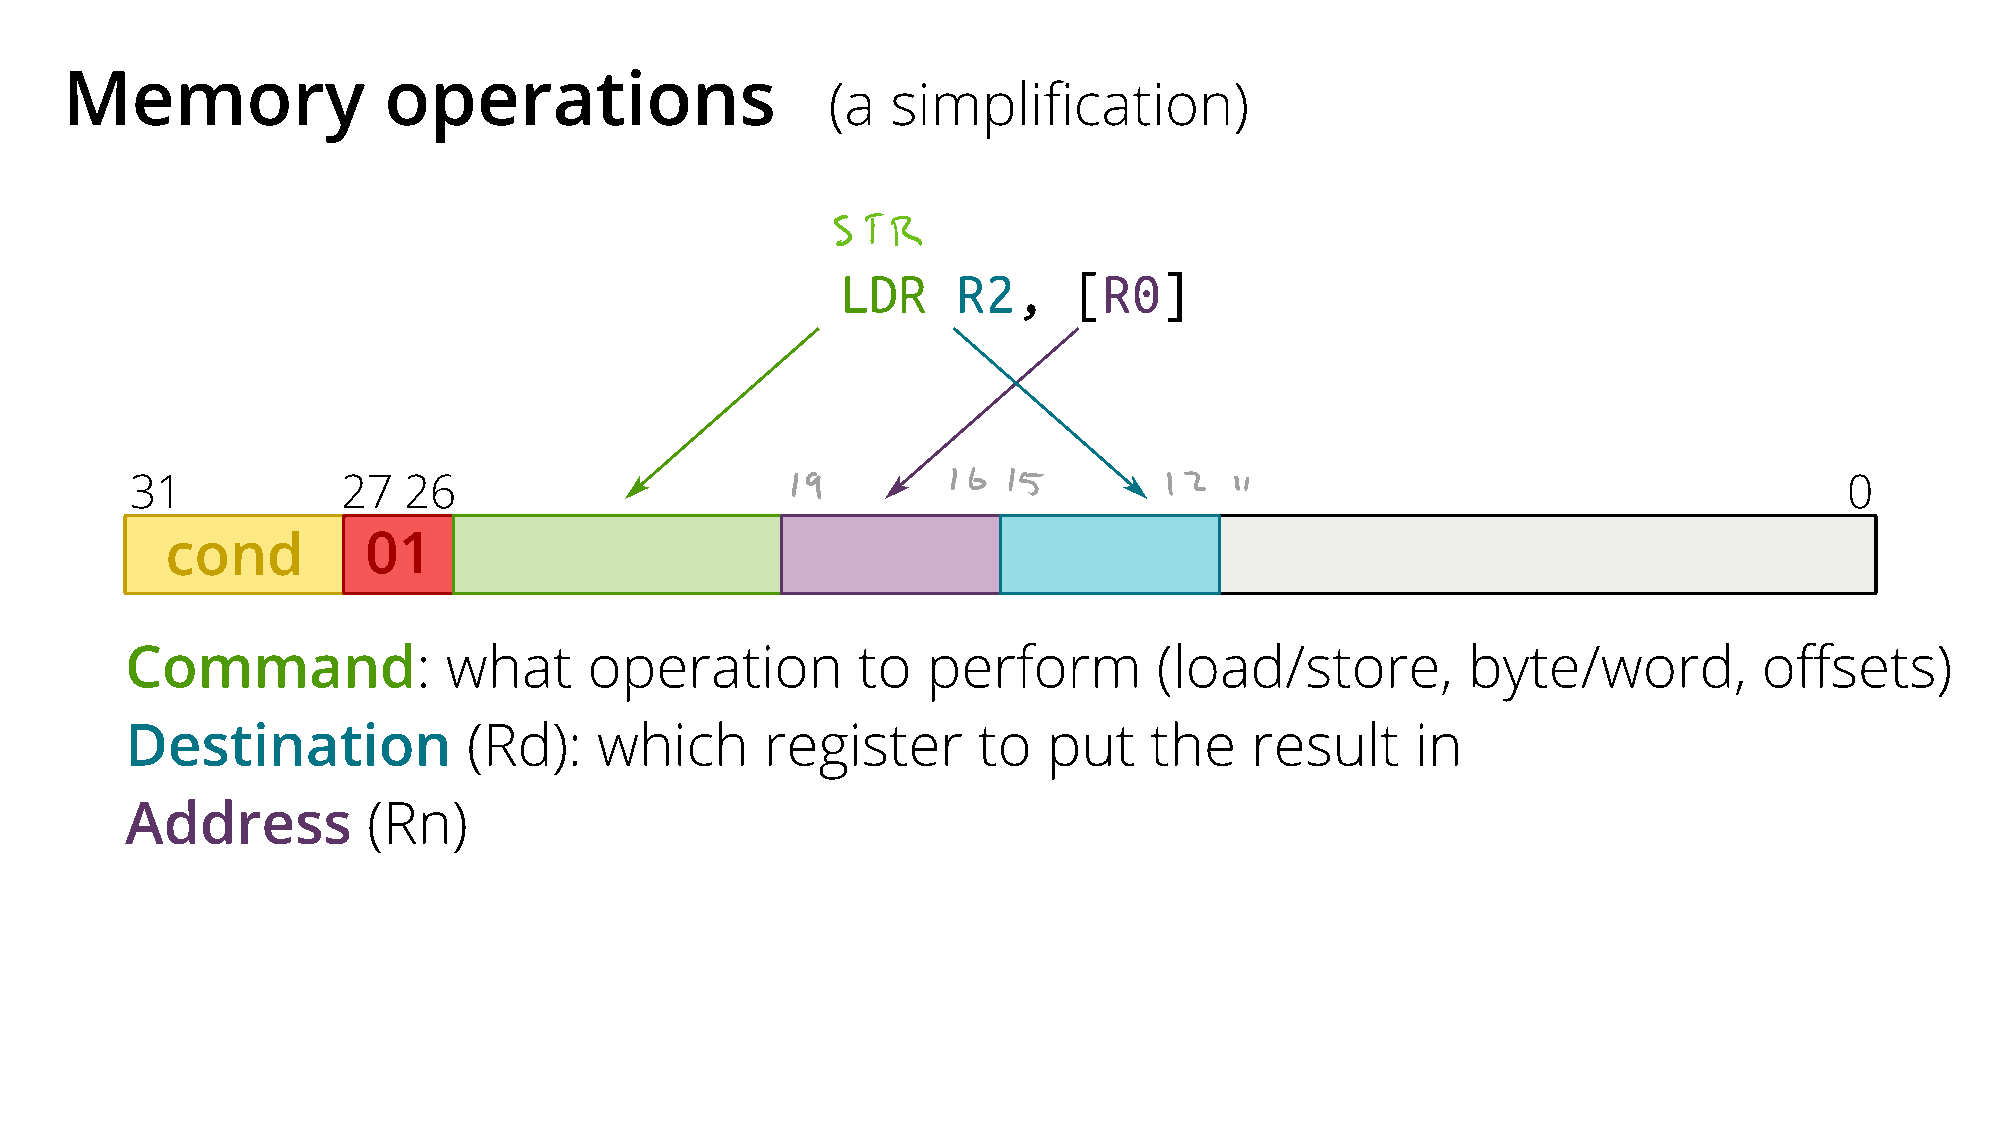
Memory               operations
 (a  simplification)
 LDR    R2,     [R0]
 31            27  26                                                                                             0
 cond         01
 Command:             what      operation         to  perform         (load/store,        byte/word,          offsets)
 Destination            (Rd):   which       register      to  put    the    result     in
 Address         (Rn)